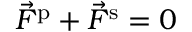
\vec { F } ^ { \mathrm { p } } + \vec { F } ^ { \mathrm { s } } = 0